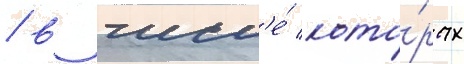
/ в числ'е́ кото́рых